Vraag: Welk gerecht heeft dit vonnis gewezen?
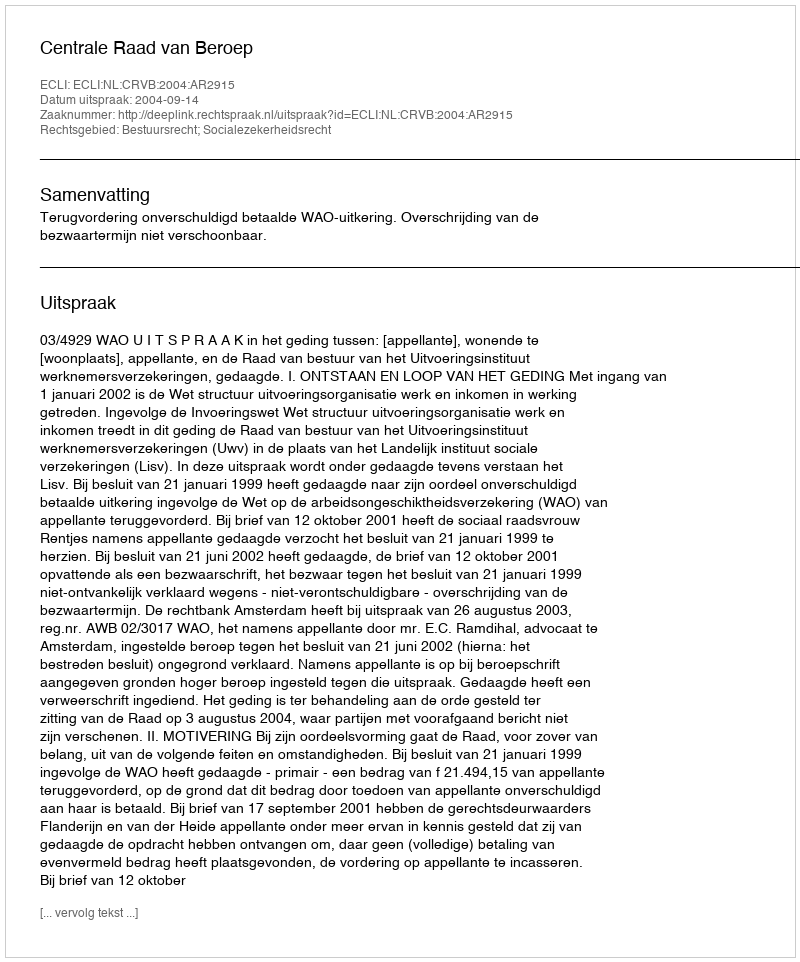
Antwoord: Centrale Raad van Beroep